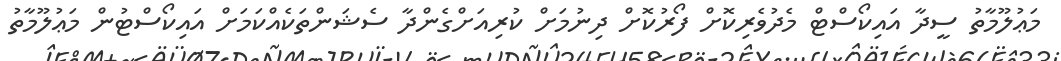
މަޢުލޫމާތު ސީދާ އައިކޯސްޓް މެދުވެރިކޮށް ފޯރުކޮށް ދިނުމަށް ކުރިއަށްގެންދާ ސެޝަންތަކެއްކަމަށް އައިކޯސްޓުން މަޢުލޫމާތު